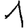
Digit: 1